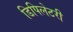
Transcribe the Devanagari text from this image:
डिपिलेटरी